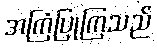
အကြံပြုကြသည်